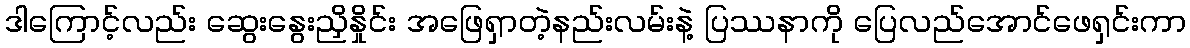
ဒါကြောင့်လည်း ဆွေးနွေးညှိနှိုင်း အဖြေရှာတဲ့နည်းလမ်းနဲ့ ပြဿနာကို ပြေလည်အောင်ဖေရှင်းကာ